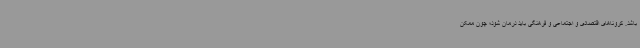
باشد. کروناهای اقتصادی و اجتماعی و فرهنگی باید درمان شود؛ چون ممکن